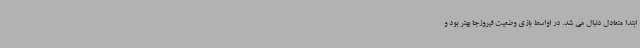
ابتدا متعادل دنبال می شد. در اواسط بازی وضعیت فیروزجا بهتر بود و